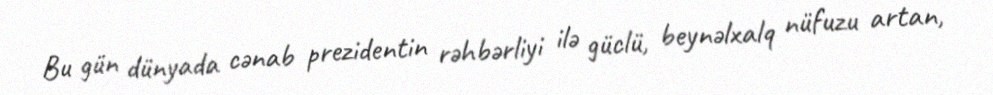
Bu gün dünyada cənab prezidentin rəhbərliyi ilə güclü, beynəlxalq nüfuzu artan,